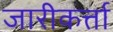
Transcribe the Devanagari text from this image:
जारीकर्त्ता